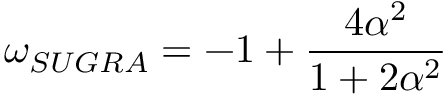
\omega _ { S U G R A } = - 1 + \frac { 4 \alpha ^ { 2 } } { 1 + 2 \alpha ^ { 2 } }